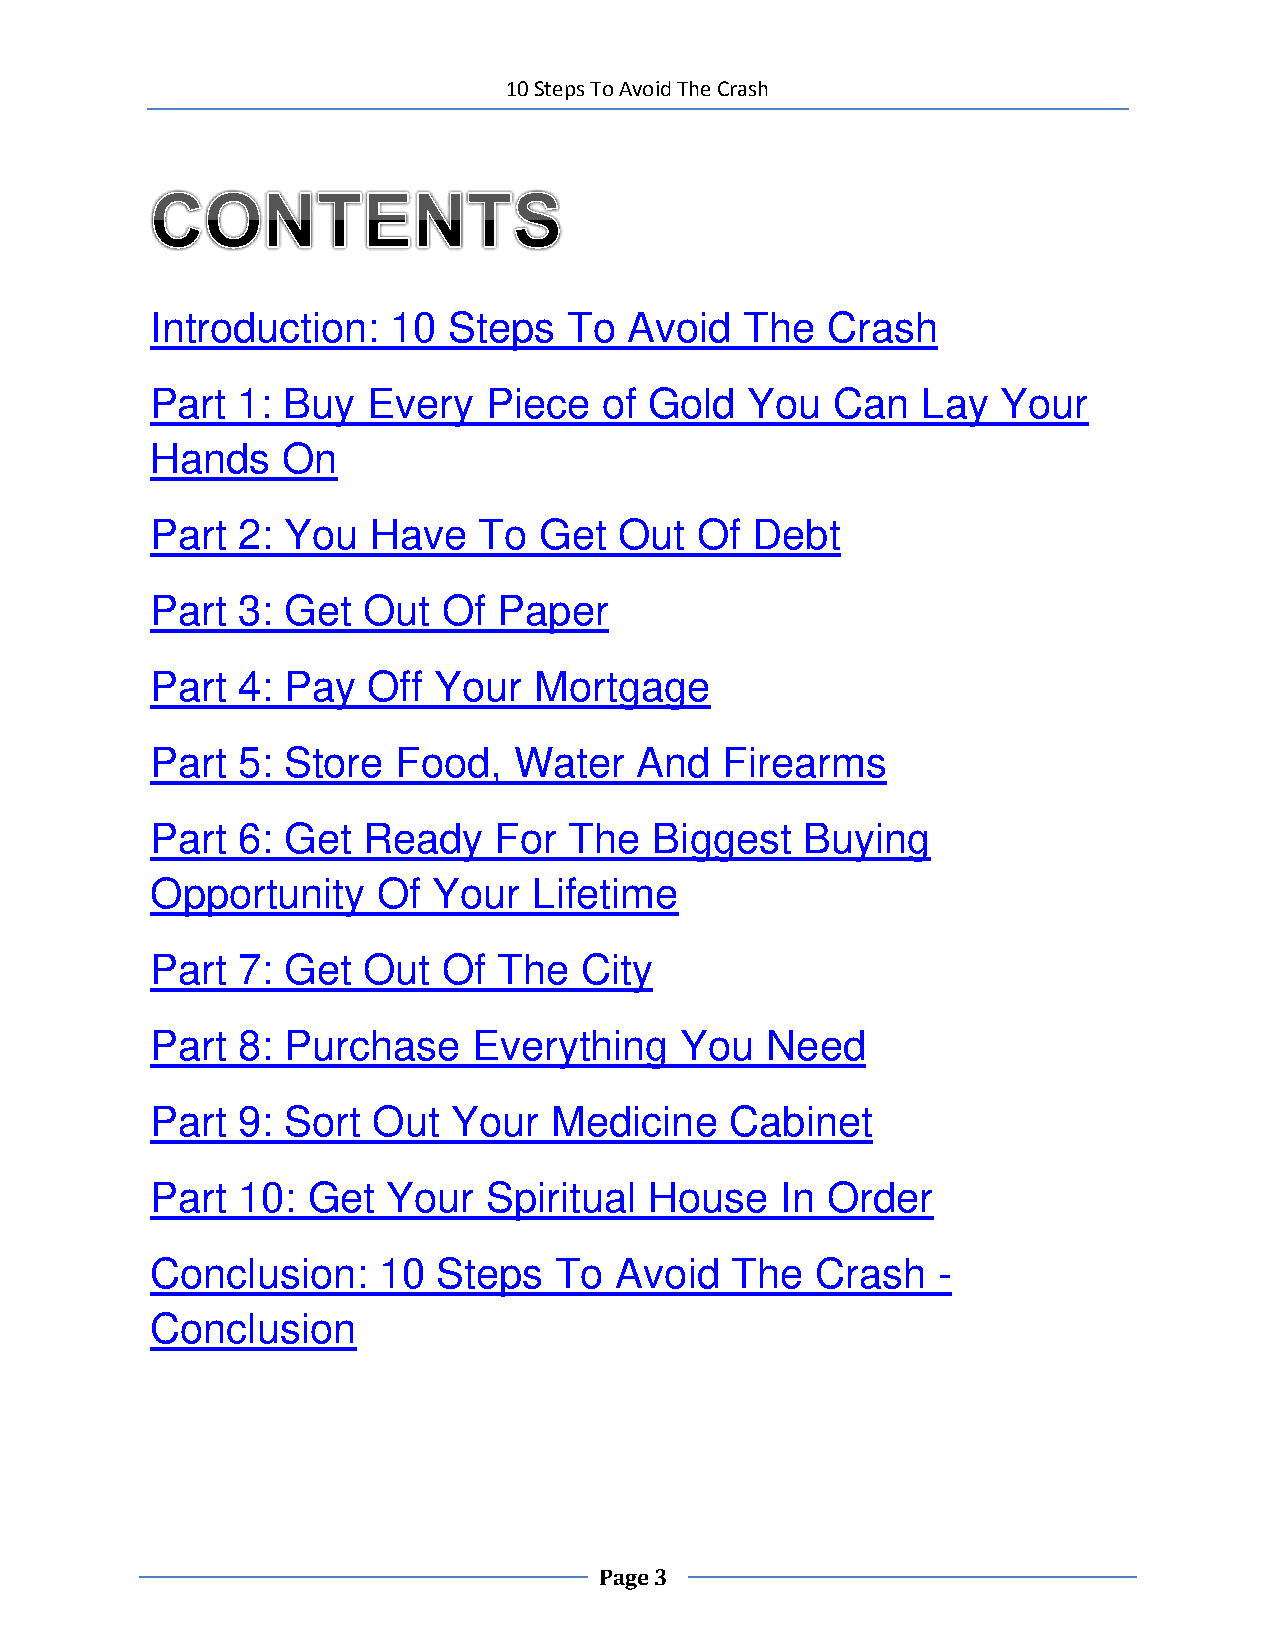
10 Steps To Avoid The Crash
 Introduction:   10  Steps   To  Avoid  The   Crash
 Part  1: Buy  Every   Piece   of Gold   You  Can   Lay  Your
 Hands    On
 Part  2: You   Have   To  Get  Out  Of  Debt
 Part  3: Get  Out  Of  Paper
 Part  4: Pay  Off  Your  Mortgage
 Part  5: Store  Food,   Water   And   Firearms
 Part  6: Get  Ready    For  The  Biggest   Buying
 Opportunity    Of  Your  Lifetime
 Part  7: Get  Out  Of  The  City
 Part  8: Purchase    Everything    You   Need
 Part  9: Sort  Out  Your  Medicine    Cabinet
 Part  10: Get   Your  Spiritual  House    In Order
 Conclusion:    10  Steps   To  Avoid  The   Crash   -
 Conclusion
 Page 3